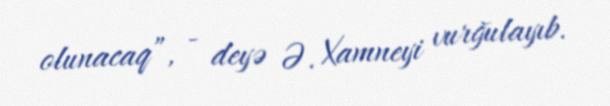
olunacaq”, - deyə Ə. Xamneyi vurğulayıb.